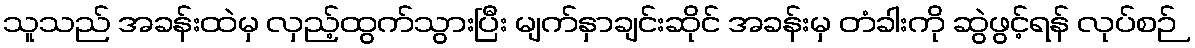
သူသည် အခန်းထဲမှ လှည့်ထွက်သွားပြီး မျက်နှာချင်းဆိုင် အခန်းမှ တံခါးကို ဆွဲဖွင့်ရန် လုပ်စဉ်